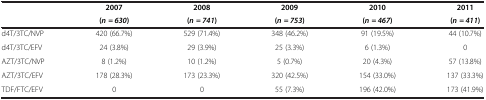
|  | 2007 | 2008 | 2009 | 2010 | 2011 |
 |  | ( n = 630 ) | ( n = 741 ) | ( n = 753 ) | ( n = 467 ) | ( n = 411 ) |
 | --- | --- | --- | --- | --- | --- |
 | d4T/3TC/NVP | 420 (66.7%) | 529 (71.4%) | 348 (46.2%) | 91 (19.5%) | 44 (10.7%) |
 | d4T/3TC/EFV | 24 (3.8%) | 29 (3.9%) | 25 (3.3%) | 6 (1.3%) | 0 |
 | AZT/3TC/NVP | 8 (1.2%) | 10 (1.2%) | 5 (0.7%) | 20 (4.3%) | 57 (13.8%) |
 | AZT/3TC/EFV | 178 (28.3%) | 173 (23.3%) | 320 (42.5%) | 154 (33.0%) | 137 (33.3%) |
 | TDF/FTC/EFV | 0 | 0 | 55 (7.3%) | 196 (42.0%) | 173 (41.9%) |